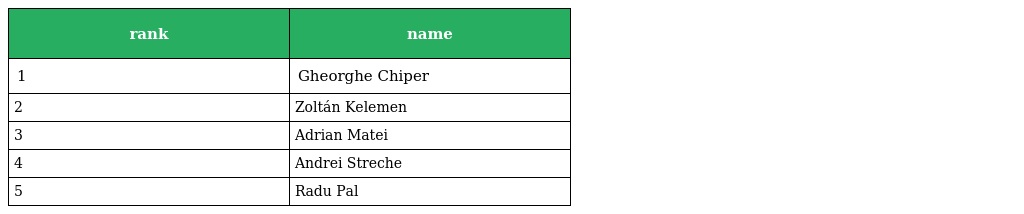
| rank | name |
 | --- | --- |
 | 1 | Gheorghe Chiper |
 | 2 | Zoltán Kelemen |
 | 3 | Adrian Matei |
 | 4 | Andrei Streche |
 | 5 | Radu Pal |